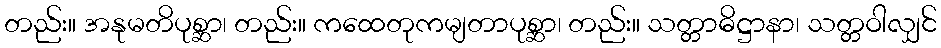
တည်း။ အနုမတိပုစ္ဆာ၊ တည်း။ ကထေတုကမျတာပုစ္ဆာ၊ တည်း။ သတ္တာဓိဋ္ဌာနာ၊ သတ္တဝါလျှင်